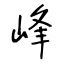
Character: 峰